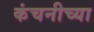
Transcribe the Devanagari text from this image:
कंचनीच्या